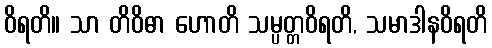
ဝိရတိ။ သာ တိဝိဓာ ဟောတိ သမ္ပတ္တဝိရတိ, သမာဒါနဝိရတိ